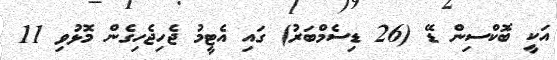
އަކީ ބޮކްސިން ޑޭ (26 ޑިސެމްބަރު) ގައި އެޓީމު ޖެހިޖެހިގެން މޮޅުވި 11